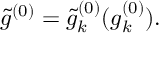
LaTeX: \tilde { g } ^ { ( 0 ) } = \tilde { g } _ { k } ^ { ( 0 ) } ( g _ { k } ^ { ( 0 ) } ) .